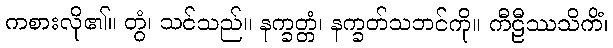
ကစားလို၏။ တွံ၊ သင်သည်။ နက္ခတ္တံ၊ နက္ခတ်သဘင်ကို။ ကီဠီဿသိကိံ၊